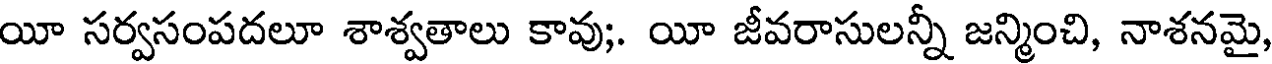
యీ సర్వసంపదలూ శాశ్వతాలు కావు;. యీ జీవరాసులన్నీ జన్మించి, నాశనమై,